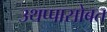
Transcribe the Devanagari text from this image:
उथप्पासोबत